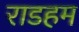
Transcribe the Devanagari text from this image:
राडहम